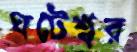
ঘটেশ্বর